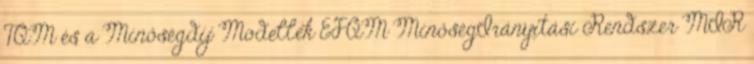
TQM és a Minőségdíj Modellek EFQM MinőségIrányítási Rendszer MIR